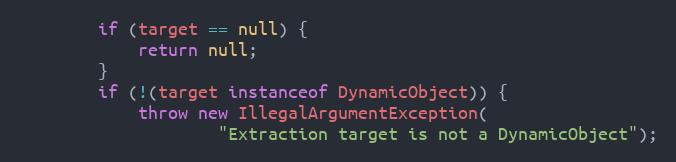
Language: Java
        if (target == null) {
            return null;
        }
        if (!(target instanceof DynamicObject)) {
            throw new IllegalArgumentException(
                    "Extraction target is not a DynamicObject");